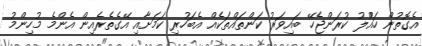
އެގޮތުން ހައްުލު ކުރަންޖެހޭ ބައިވަރު ކަންތައްތަކެއް އެބަހުރި ކަމަށާއި އޭގެތެރެއިން އެންމެ މުހިންމު